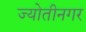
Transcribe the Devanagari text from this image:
ज्योतीनगर